Report of the King Institute of Preventive Medicine, Guindy
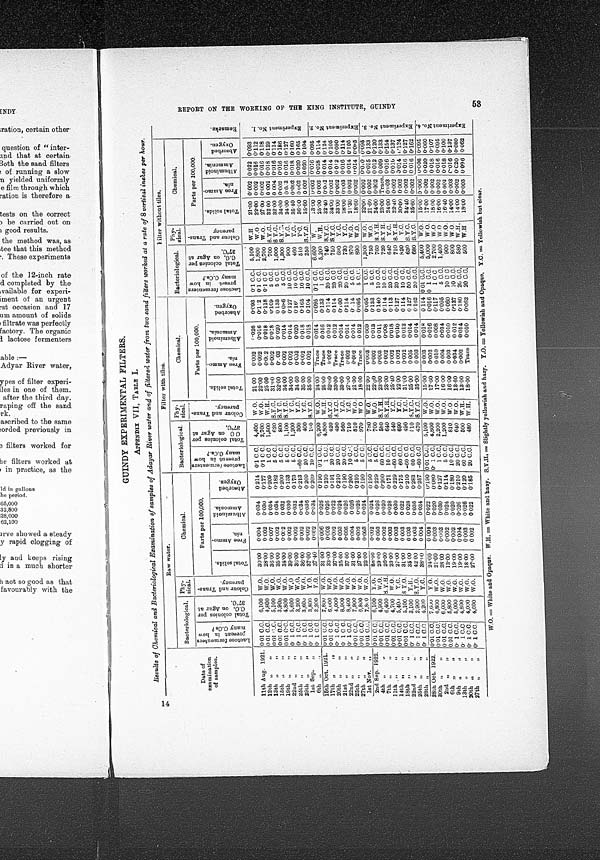
G U I N D Y E X P E R I M E N T A L F I L T E R S .
APPENDIX VII, TABLE I.
Results of Chemical and Bacteriological Examination of samples of Adayar River water and of filtered water from two sand filters worked at a rate of 8 vertical inches per hour.
Date
of examination of samples.
Raw water.
Filter with tiles.
F i l t e r w i t h o u t t i l e s .
Bacteriological. Phy-sical. Chemical.
Bacteriological. phy- si cal .
Ch
emical.
Bacteriological. Phy- s i c a l .
Chemical.
L a c t o s e f e r m e n t e r s p r e s e n t i n h o w m a n y C . C s ?
T o t a l c o l o n i e s p e r C . C . o n A g a r a t 3 7° C . C o l o u r a n d T r a n s - p a r e n c y .
Parts per 100,000.
L a c t o s e f e r m e n t e r s p r e s e t i n h o w m a n y C . C s . ?
T o t a l c o l o n i e s p e r C . C o n A g a r a t 3 7°C . C o l o u r a n d T r a n s - p a r e n c y .
Parts per 100,000.
L a c t o s e f e r m e n t e r s p r e s e n t i n h o w m a n y C . C s . ?
T o t a l c o l o n i e s p e r C . C o n A g a r a t 3 7°C .
C o l o u r a n d T r a n s - p a r e n c y .
Parts per 100,000.
R e m a r k s .
T o t a l s o l i d s .
F r e e A m m o - n i a .
A l b u m i n o i d A m m o n i a .
A b s o r b e d O x y g e n .
T o t a l s o l i d s . F r e e A m m o - n i a .
A l b u m i n o i d A m m o n i a .
A b s o r b e d O x y g e n .
T o t a l s o l i d s .
F r e e A m m o - n i a .
A l b u m i n o i d A m m o n i a .
A b s o r b e d O x y g e n .
11th Aug. 1921. 0.01 C.C. 6,100 W.O. 30.00 0.004 0.034 0.214 0.1 C.C. 4,400 W.O. 21.00 0.002 1.026 0.093 0.1 C.C. 5,100 W.H. 21.00 0.002 0.022 0.093 E x p e r i m e n t N o . 1 .
0.1 C.C. 2,700 W.O. 22.00 0.002 0.016 0.112 0.1 C.C. 1,800 W.O. 22.00 0.002 0.016 0.112
28.00 0.002 0.030 0.177
W.O.
12th " "
0.01 C.C. 4,800
25.00 0.002 0.018 0.118 0.1 C. C. 2,700 W.O. 27.00 0.002 0.016 0.118
W.H.
1 C.C.
0.01 C.C. 5,100 W.O. 36.00 0.007 0.034 0.209
1,500
13th " "
620 S.Y.C. 31.00 0.002 0.018 0.109 5 C.C. 700 S.Y.C. 32.00 0.002 0.018 0.129
0.182
0.034
5 C.C.
0.01 C.C. 3,900 W.O. 35.00
0 . 0 0 2
15th " "
800 S.Y C. 32.00 0.003 0.020 0.133 5 C.C. 1,000 S Y.C. 32.00 0.004 0.016 0.114
5 C.C.
0.01 C.C. 4,800 W.O. 34.00 0.002 0.032 0.200
19th " "
5 C.C. 1,100 S.Y.C. 34.00 0.002 0.014 0. 086 5 C.C. 1,300 S.Y.C. 34.00 0.002 0.016 0.186
0. 133
0.1 C.C. 5,600 W.O. 39.00 0.002 0.030
22nd " "
5 C.C. 1,200 Y. C. 34.00 0.002 0.014 0.127 10 C. C. 900 Y.C. 34.00 0.003 0.016 0.127
0.1 C.C. 3.200 W.O. 36.00 0.002 0.032 0.173
25 th " "
0.213 -60 C.C. 300 Y.C. 34.60 0.003 0.020 0.160 10 C.C. 460 Y.C. 35.40 0.002 0.018 0.160
0.1 C.C. 3,600 W.O. 36.00 0.002 0.034
29th " "
Y.C. 35.00 0.002 0.018 0.165 10 C.C. 510
Y . C . 36.00 0.002 0.020 0.165
0.036 0.209 20.C.C. 400
0.1 C.C. 3,800 Y.O. 37.00 0.002
1st Sep. "
10 C.C. 180 S.Y.C. 35.00 0.002 0.018 0.104 10 C.C. 250
S . Y . C . 35.60 0.002 0.020 0.104
0.209
0.1 C.C. 2,200 Y.O. 37.40 0.002 0.034
6th " "
15th Oct. 1921. 0.01 C.C. 7,800 W.O. 31.00 0.006 0.026 0.190 0.1 C.C. 6,200
W . O . 24.00 Trace 0.014 0.095 0.1 C.C. 6.600 W.
2 3 . 0 0 0.002 0.016 0.095 E x p e r i m e n t N o . 2 .
33.00 0.003 0.026 0.210 1 C.C. 4,800 W.H. 25.00 Trace 0.016 0.133 1 C.C. 5,200
W . H . 25.00 0.002 0.018 0.114
0.01 C.C. 6,000 W.O.
17th " "
0. 191 20 C.C. 420
S . Y . C .
3 2 . 0 0 0.002 0.012 0.114 20 C.C. 740
S . Y . C . 32.40 0.002 0.014 0.124
20th " " 0.1 C.C. 4,000 W.O. 37.00 0.002 0.022
20 C.C. 490
S . Y . C . 33.00 Trace 0.012 0.114 20 C.C. 750
S . Y . C . 34.00 0.002 0.014 0.105
0.210
2 1 s t " "
0.1 C C. 8,900 W.O. 35.00 0.003 0.024
560 Y.C. 33.00 Trace 0.014 0.100 20 C.C. 690 Y . C . 33.00 0.002 0.012 0.090
37 00 0.005 0.026 0.190 20 C.C.
22nd " " 0.1 C.C. 8,400 W.O.
10 C.C. 710 Y.C. 27.00 0.002 0.014 0.114 20 C.C. 730 Y.C. 28.00 0.003 0.016 0.114
0.200
25th " "
0.01 C.C. 7,900 W.O. 31.00 0.004 0.026
6,800 W.O. 27.00 0.002 0.026 0.210 5 C.C. 810
W . O . 21.00 0.002 0.014 0.14 5 C.C. 870
W . O . 21.30 0.002 0.014 0.105
27th " "
0.01 C.C.
5 C.C. 970 W.O. 18.00 Trace 0.012 0.095 5 C.C. 890
W . O . 18.60 0.002 0.014 0 . 0 9 5
0.190
1st Nov. " 0.01 C.C. 7,800 W.O. 22.00 0.003 0.024
2nd Sep. 1922. 0.01 C.C. 6,100 Y.O. 88.00 0.002 0.024 0.190 5 C.C. 780 W . O . 22.00 0.003 0.009 0.095 1 C.C. 1,300
W . O . 22.00 0.002 0.010 0.095 E x p e r i m e n t N o . 3 .
W . O . 29.00 0.003 0.026 0.229 5 C.C. 700 W.O. 22.00 0.002 0.013 0.133 5 C.C. 750 W.O. 21.60 0.002 0.015 0.133
4,900
4th " " 0.01 C.C.
760
S . Y . H . 24.00 0.002 0.012 0.120
0.002 0.020 0.200 60 C.C. 580 S.Y.H. 23.00 0.003 0. 011
0 . 1 4 0 10 C.C.
7th " "
0.01 C.C. 6,400
S . Y . H 26.00
S.Y.H. 23.00 0.002 0.008 0.114 10 C.C. 720 S.Y H. 23.00 Trace. 0.009 0.133
0.003 0.028 0.171 10.C.C. 640
11th " " 0.01 C.C. 4,700
W . O . 23.00 0.003 0.030 0.229 -60 C.C. 540
Y . C . 25.40 0.002 0.018 0.113 20 C.C. 640 Y.C. 24.00 0.003 0.016 0.154
5,400
Y . C . 27.00
14th " "
0.01 C.C.
0.022 0.175 60 C.C. 690
Y . C . 22.00 0.002 0.010 0.127 20 C.C. 710 S.Y.H 22.40 0.002 0.010 0.137
0.003
0.01 C.C. 5,100 S.Y.O. 31.00
18th "" "
0.210 -60 C.C. 490
Y . C . 31.00 0.002 0.012 0.114 10 C. C. 820
Y . C . 30.00 0.002 0.014 0.124
0.1 C.C. 3,100 Y.H. 35.00 0.003 0.028
22nd " "
510
S . Y . C . 35.00 0.005 0.014 0.127 50 C.C. 630 S.Y.C. 34.40 0.002 0.016 0.127
0.036 0.283 60 C.C.
0.1 C.C. 2,900 S.Y.O. 42.00 0.003
25th " "
0.257 -60 C.C. 470
S . Y . C . 35.00 0.003 0.014 0.162 20 C.C. 680 S.Y.C. 35.60 0.002 0 . 0 1 6 0.162
0.1 C.C. 4,200
Y . C . 38.00 0.004 0.034
28th " "
28th Oct. 1922. 0.01 C.C. 7. 600 Y . O . 24.00 0.004 0.022 0.190 0.01 C.C. 5,100
W . O . 15.00 0.003 0.018 0.114 001 C.C. 5,400 W.O.
1 5 . 0 0 0.006
0 . 0 0 6 0.095 E x p e r i m e n t N o . 4 .
W . O . 17.00 0.002 0.020 0.060
W . O . 17.00 0.002 0.016 0.016 0 1 C.C. 5,000
4,800
0.01 C.C. 6,800 W.O. 21.00 0.003 0.020 0.080 0.1 C.C.
30th " "
2.700 W.O. 18.00 0.002 0.018 0.107
1 C. C.
0.003 0.030 0.127 1 C.C. 2,200
W . O . 17.00 0.010 0.008 0.117
28.00
2nd " " 0.01 C.C. 6,000
W . O .
0.114 5 C.C. 1,200
W . O . 16.00 0.004 0.014 0.095 5 C.C. 1.400 W. O. 16.00 0.002 0.016 0.095
6th " "
0.01 C.C. 5,800 W.O. 13.00 0.002 0.024
19.00 0.002 0.020 0.180 10 C.C. 810
W . O . 16.00 0.003 0.010 0.060 10 C.C. 900 W.O. 16.40 0.002 0.018 0.100
9th " "
0.1 C.C. 5,000
W . O . 19.00 0.004 0.026 0.210 20 C.C. 640
W . O . 13.60 0.034 0.012 0.137 10 C.C. 800 W.O. 14.00 0.003 0.016 0.137
13th " " 0.1 C.C. 4,800 W.O.
0.026 0.120 60 C.C. 500
W . H . 13.00 0.002 0.014 0.180 20 C.C. 580
W . H . 14.00 0.002 0.020 0.080
18.00 0.003
20th " "
0.1 C.C. 4,000
W . O .
Trace 0.010 0.062 20 C.C. 500 W . H . 18.00 0.003 0.006 0.062
27.00 0.002 0.022 0.185 20 C.C. 480
W . H . 18.00
W.O.
27th " "
0.1 C.C. 4,600
W. O. = Whi t e and Opaque. W. H. = Whi t e and hazy. S. Y. H. = Sl i ght l y yel l owi s h and hazy. Y. O = Yel l owi s h and Opaque. Y. C. = Yel l owi s h but cl ear . REPORT ON THE WORKI NG OF THE KI NG I NSTI TUTE, GUI NDY